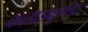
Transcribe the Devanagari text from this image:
कलाइकुण्डा